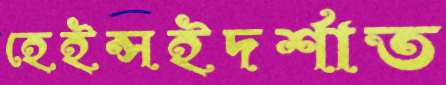
হেইন্সইদর্শাত